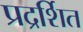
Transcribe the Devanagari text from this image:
प्रद्रर्शित